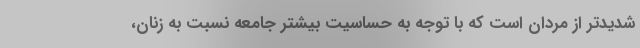
شدیدتر از مردان است که با توجه به حساسیت بیشتر جامعه نسبت به زنان،